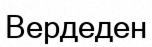
Вердеден